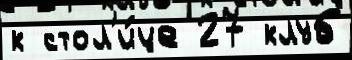
к стол'и́це 27 клуб